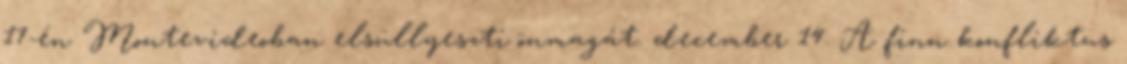
17-én Montevideoban elsüllyeszti önmagát. december 14. A finn konfliktus